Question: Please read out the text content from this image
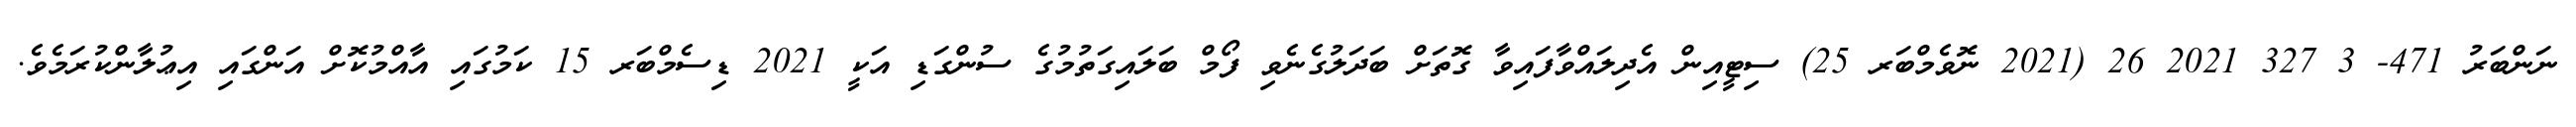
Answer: ނަންބަރު 471- 3 327 2021 26 (2021 ނޮވެމްބަރ 25) ސިޓީއިން އެދިލައްވާފައިވާ ގޮތަށް ބަދަލުގެނެވި ފޯމް ބަލައިގަތުމުގެ ސުންގަޑި އަކީ 2021 ޑިސެމްބަރ 15 ކަމުގައި އާއްމުކޮށް އަންގައި އިޢުލާންކުރަމެވެ.